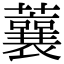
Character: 蘘